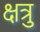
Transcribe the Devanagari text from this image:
क्षत्रु